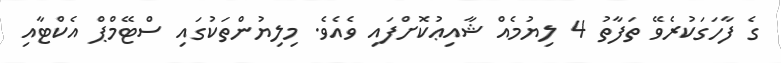
ގެ ފާހަގަކުރެވޭ ތަފާތު 4 ލިޔުމެއް ޝާއިޢުކޮށްފައި ވެއެވެ. މިލިޔުންތަކުގައި ސްޓޭމްޕް އެކްޓާއި